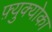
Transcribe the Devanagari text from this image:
फ़्युक्योका